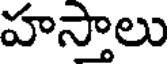
హస్తాలు